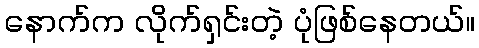
နောက်က လိုက်ရှင်းတဲ့ ပုံဖြစ်နေတယ်။